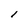
Character: l